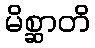
မိစ္ဆာတိ